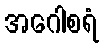
အဂေါစရံ